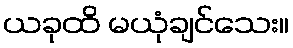
ယခုထိ မယုံချင်သေး။